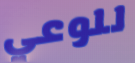
للوعي